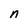
Character: n